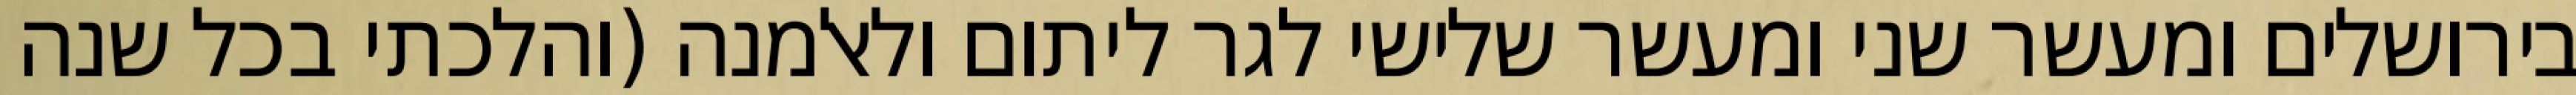
בירושלים ומעשר שני ומעשר שלישי לגר ליתום ולאלמנה (והלכתי בכל שנה